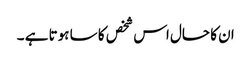
ان کا حال اس شخص کا سا ہوتا ہے ۔